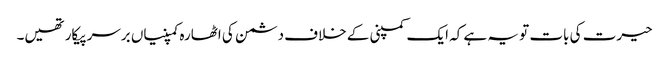
حیرت کی بات تو یہ ہے کہ ایک کمپنی کے خلاف دشمن کی اٹھارہ کمپنیاں برسرپیکار تھیں۔